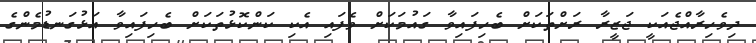
ދިވެހިރާއްޖެއަކީ ޖަޒީރާ ރަށްތަކަށް ބެހިފައިވާ ގައުމަކަށް ވެފައި އެކި ކަންކޮޅުތަކަށް ބެހިފައިވާ އަޅުގަނޑުމެންގެ